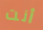
أنت